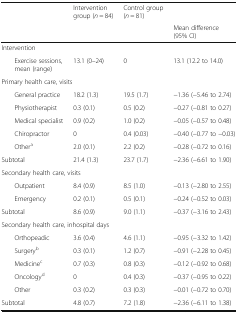
| <ROWSPAN=2-COLSPAN=2>  | Intervention group (n = 84) | Control group (n = 81) |  |
 | <COLSPAN=2>  | Mean difference (95% CI) |
 | --- | --- | --- | --- | --- |
 | <COLSPAN=5> Intervention |
 |  | Exercise sessions, mean (range) | 13.1 (0–24) | 0 | 13.1 (12.2 to 14.0) |
 | <COLSPAN=5> Primary health care, visits |
 | <ROWSPAN=5>  | General practice | 18.2 (1.3) | 19.5 (1.7) | −1.36 (−5.46 to 2.74) |
 | Physiotherapist | 0.3 (0.1) | 0.5 (0.2) | −0.27 (−0.81 to 0.27) |
 | Medical specialist | 0.9 (0.2) | 1.0 (0.2) | −0.05 (−0.57 to 0.48) |
 | Chiropractor | 0 | 0.4 (0.03) | −0.40 (−0.77 to −0.03) |
 | Othera | 2.0 (0.1) | 2.2 (0.2) | −0.28 (−0.72 to 0.16) |
 | <COLSPAN=2> Subtotal | 21.4 (1.3) | 23.7 (1.7) | −2.36 (−6.61 to 1.90) |
 | <COLSPAN=5> Secondary health care, visits |
 | <ROWSPAN=2>  | Outpatient | 8.4 (0.9) | 8.5 (1.0) | −0.13 (−2.80 to 2.55) |
 | Emergency | 0.2 (0.1) | 0.5 (0.1) | −0.24 (−0.52 to 0.03) |
 | <COLSPAN=2> Subtotal | 8.6 (0.9) | 9.0 (1.1) | −0.37 (−3.16 to 2.43) |
 | <COLSPAN=5> Secondary health care, inhospital days |
 | <ROWSPAN=5>  | Orthopeadic | 3.6 (0.4) | 4.6 (1.1) | −0.95 (−3.32 to 1.42) |
 | Surgeryb | 0.3 (0.1) | 1.2 (0.7) | −0.91 (−2.28 to 0.45) |
 | Medicinec | 0.7 (0.3) | 0.8 (0.3) | −0.12 (−0.92 to 0.68) |
 | Oncologyd | 0 | 0.4 (0.3) | −0.37 (−0.95 to 0.22) |
 | Other | 0.3 (0.2) | 0.3 (0.3) | −0.01 (−0.72 to 0.70) |
 | <COLSPAN=2> Subtotal | 4.8 (0.7) | 7.2 (1.8) | −2.36 (−6.11 to 1.38) |